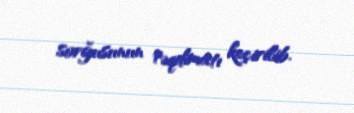
sorğusunun təqdimatı keçirilib.